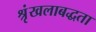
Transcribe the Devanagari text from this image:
श्रृंखलाबद्धता